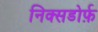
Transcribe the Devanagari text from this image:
निक्सडोर्फ़